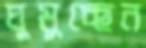
ঘুমুচ্ছেন